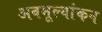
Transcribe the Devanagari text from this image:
अवमूल्यांकन